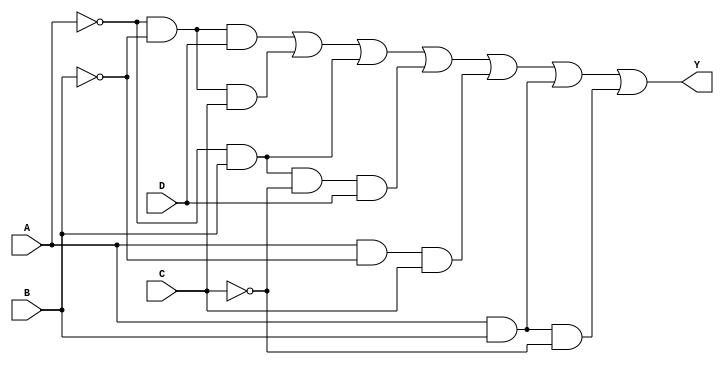
module sop_logic (
    input wire A,
    input wire B,
    input wire C,
    input wire D,
    output wire Y
);

// Intermediate signals for product terms
wire A_not = ~A;
wire B_not = ~B;
wire C_not = ~C;
wire D_not = ~D;

// Product terms
wire term1 = A_not & B_not & D;        // A'B'D
wire term2 = A_not & B_not & C;        // A'B'C
wire term3 = A_not & B;                // A'B
wire term4 = A_not & B & C_not & D;   // A'BC'D
wire term5 = A & B_not & C;            // AB'C
wire term6 = A & B;                    // AB
wire term7 = A & B & C_not;            // ABC'

// Final output Y as the OR of all product terms
assign Y = term1 | term2 | term3 | term4 | term5 | term6 | term7;

endmodule